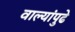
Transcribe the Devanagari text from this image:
वाल्यांपुढे